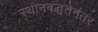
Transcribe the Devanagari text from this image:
स्थानबद्धतेनंतर